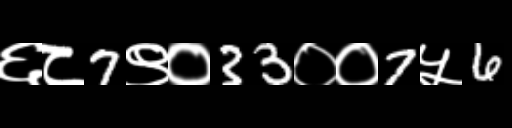
Text: ६८7९०33००7५6